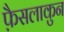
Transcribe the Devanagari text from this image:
फ़ैसलाकुन